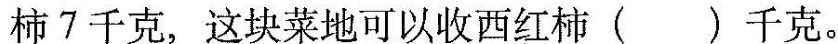
柿7千克，这块菜地可以收西红柿()千克。